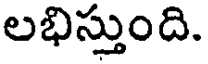
లభిస్తుంది.